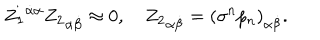
{ Z _ { 1 } } ^ { \dot { \alpha } \alpha } { Z _ { 2 } } _ { \alpha \dot { \beta } } \approx 0 , \quad { Z _ { 2 } } _ { \alpha \dot { \beta } } = { ( \sigma ^ { n } p _ { n } ) } _ { \alpha \dot { \beta } } .